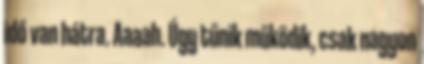
idő van hátra. Aaaah. Úgy tűnik működik, csak nagyon